Report of the Municipal Commissioner on the plague in Bombay for the year ending 31st May... - Volume 3
Disease focus: Plague
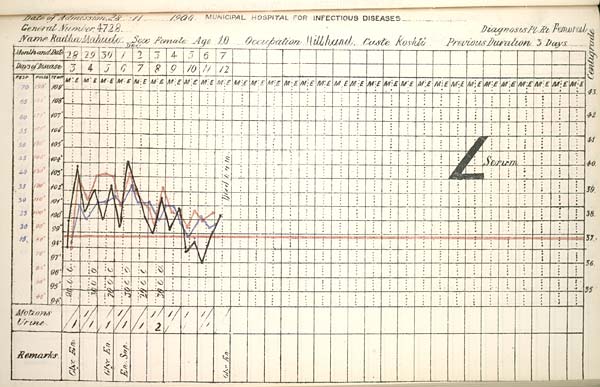
Date
of
Admission
1900
MUNICIPAL
HOSPITAL
FOR
INFECTIOUS
DISEASES.
General
Number
Diagnosis
Name
Sex
Age
Occupation
Caste
Previous
Duration